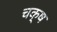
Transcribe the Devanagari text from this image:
चक्ष